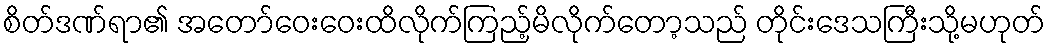
စိတ်ဒဏ်ရာ၏ အတော်ဝေးဝေးထိလိုက်ကြည့်မိလိုက်တော့သည် တိုင်းဒေသကြီးသို့မဟုတ်